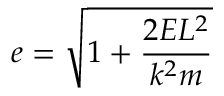
e = { \sqrt { 1 + { \frac { 2 E L ^ { 2 } } { k ^ { 2 } m } } } }